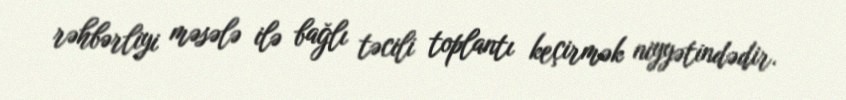
rəhbərliyi məsələ ilə bağlı təcili toplantı keçirmək niyyətindədir.